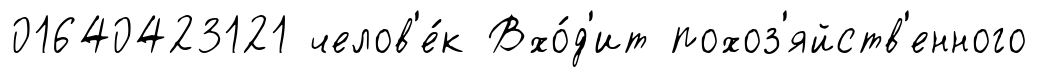
01640423121 челов'е́к Вхо́д'ит похоз'яйств'енного